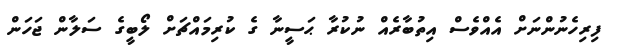
ފިރިހެނުންނަށް އެއްވެސް އިތުބާރެއް ނުކުރާ ޙަސީނާ ގެ ކުރިމައްޗަށް ލޯބީގެ ސަލާން ޖަހަން